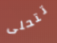
تتحلى